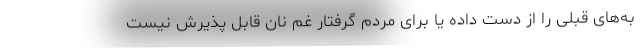
به‌های قبلی را از دست داده یا برای مردم گرفتار غم نان قابل پذیرش نیست